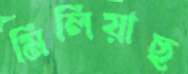
মিলিয়াছ